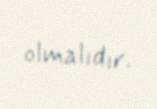
olmalıdır.